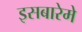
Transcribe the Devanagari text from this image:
इसबारेमे